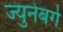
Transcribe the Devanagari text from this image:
ज्युनेबर्ग